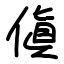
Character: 傎